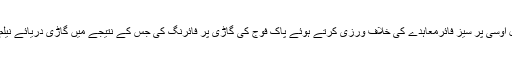
واضح رہے گذشتہ روز بھارتی فوج نے ایل اوسی پر سیز فائرمعاہدے کی خلاف ورزی کرتے ہوئے پاک فوج کی گاڑی پر فائرنگ کی جس کے نتیجے میں گاڑی دریائے نیلم میں گرنے سے 4 جوان شہید ہوگئے تھے۔